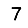
Digit: 7